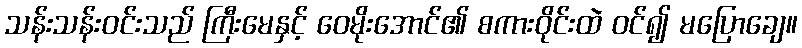
သန်းသန်းဝင်းသည် ကြီးမေနှင့် ဝေမိုးအောင်၏ စကားဝိုင်းထဲ ဝင်၍ မပြောချေ။